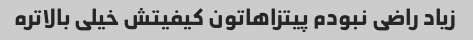
زیاد راضی نبودم پیتزاهاتون کیفیتش خیلی بالاتره